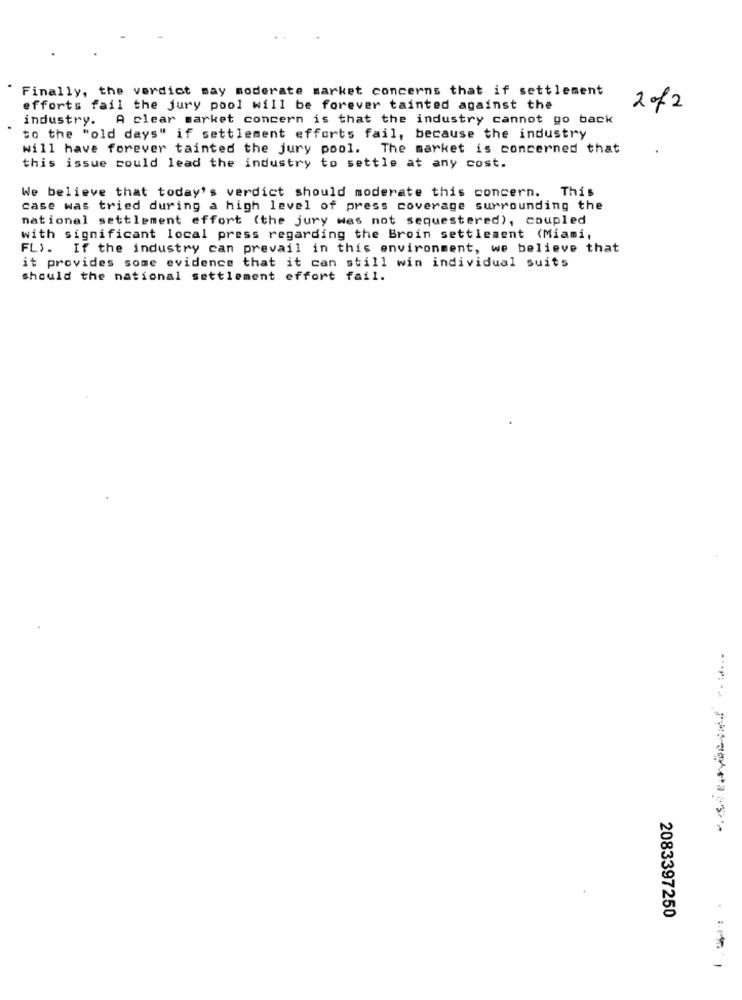
Finally, the verdict may moderate market concerns that if settlement
efforts fail the jury pool will be forever tainted against the
2 of2
industry. A clear market concern is that the industry cannot go back
to the "old days" if settlement efforts fail, because the industry
will have forever tainted the jury pool. The market is concerned that
this issue could lead the industry to settle at any cost.
We believe that today's verdict should moderate this concern. This
case was tried during a high level of press coverage surrounding the
national settlement effort (the jury was not sequestered), coupled
with significant local press regarding the Broin settlement (Miami,
FL).
If the industry can prevail in this environment, we believe that
it provides some evidence that it can still win individual suits
should the national settlement effort fail.
2083397250